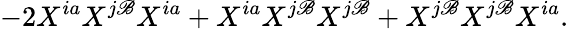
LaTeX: -2X^{ia}X^{j\mathscr{B}}X^{ia}+X^{ia}X^{j\mathscr{B}}X^{j\mathscr{B}}+X^{j\mathscr{B}}X^{j\mathscr{B}}X^{ia}.